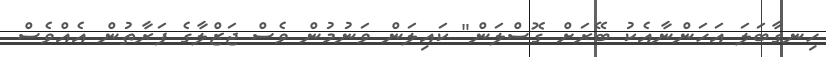
ހިނގާބަލަ އަހަންނާއެކު ބޭރަށް ގޮސްލަން" ކައިލަން ވަނުމުން ވެސް ޖަޒްލާގެ ފަރާތުން އެއްވެސް